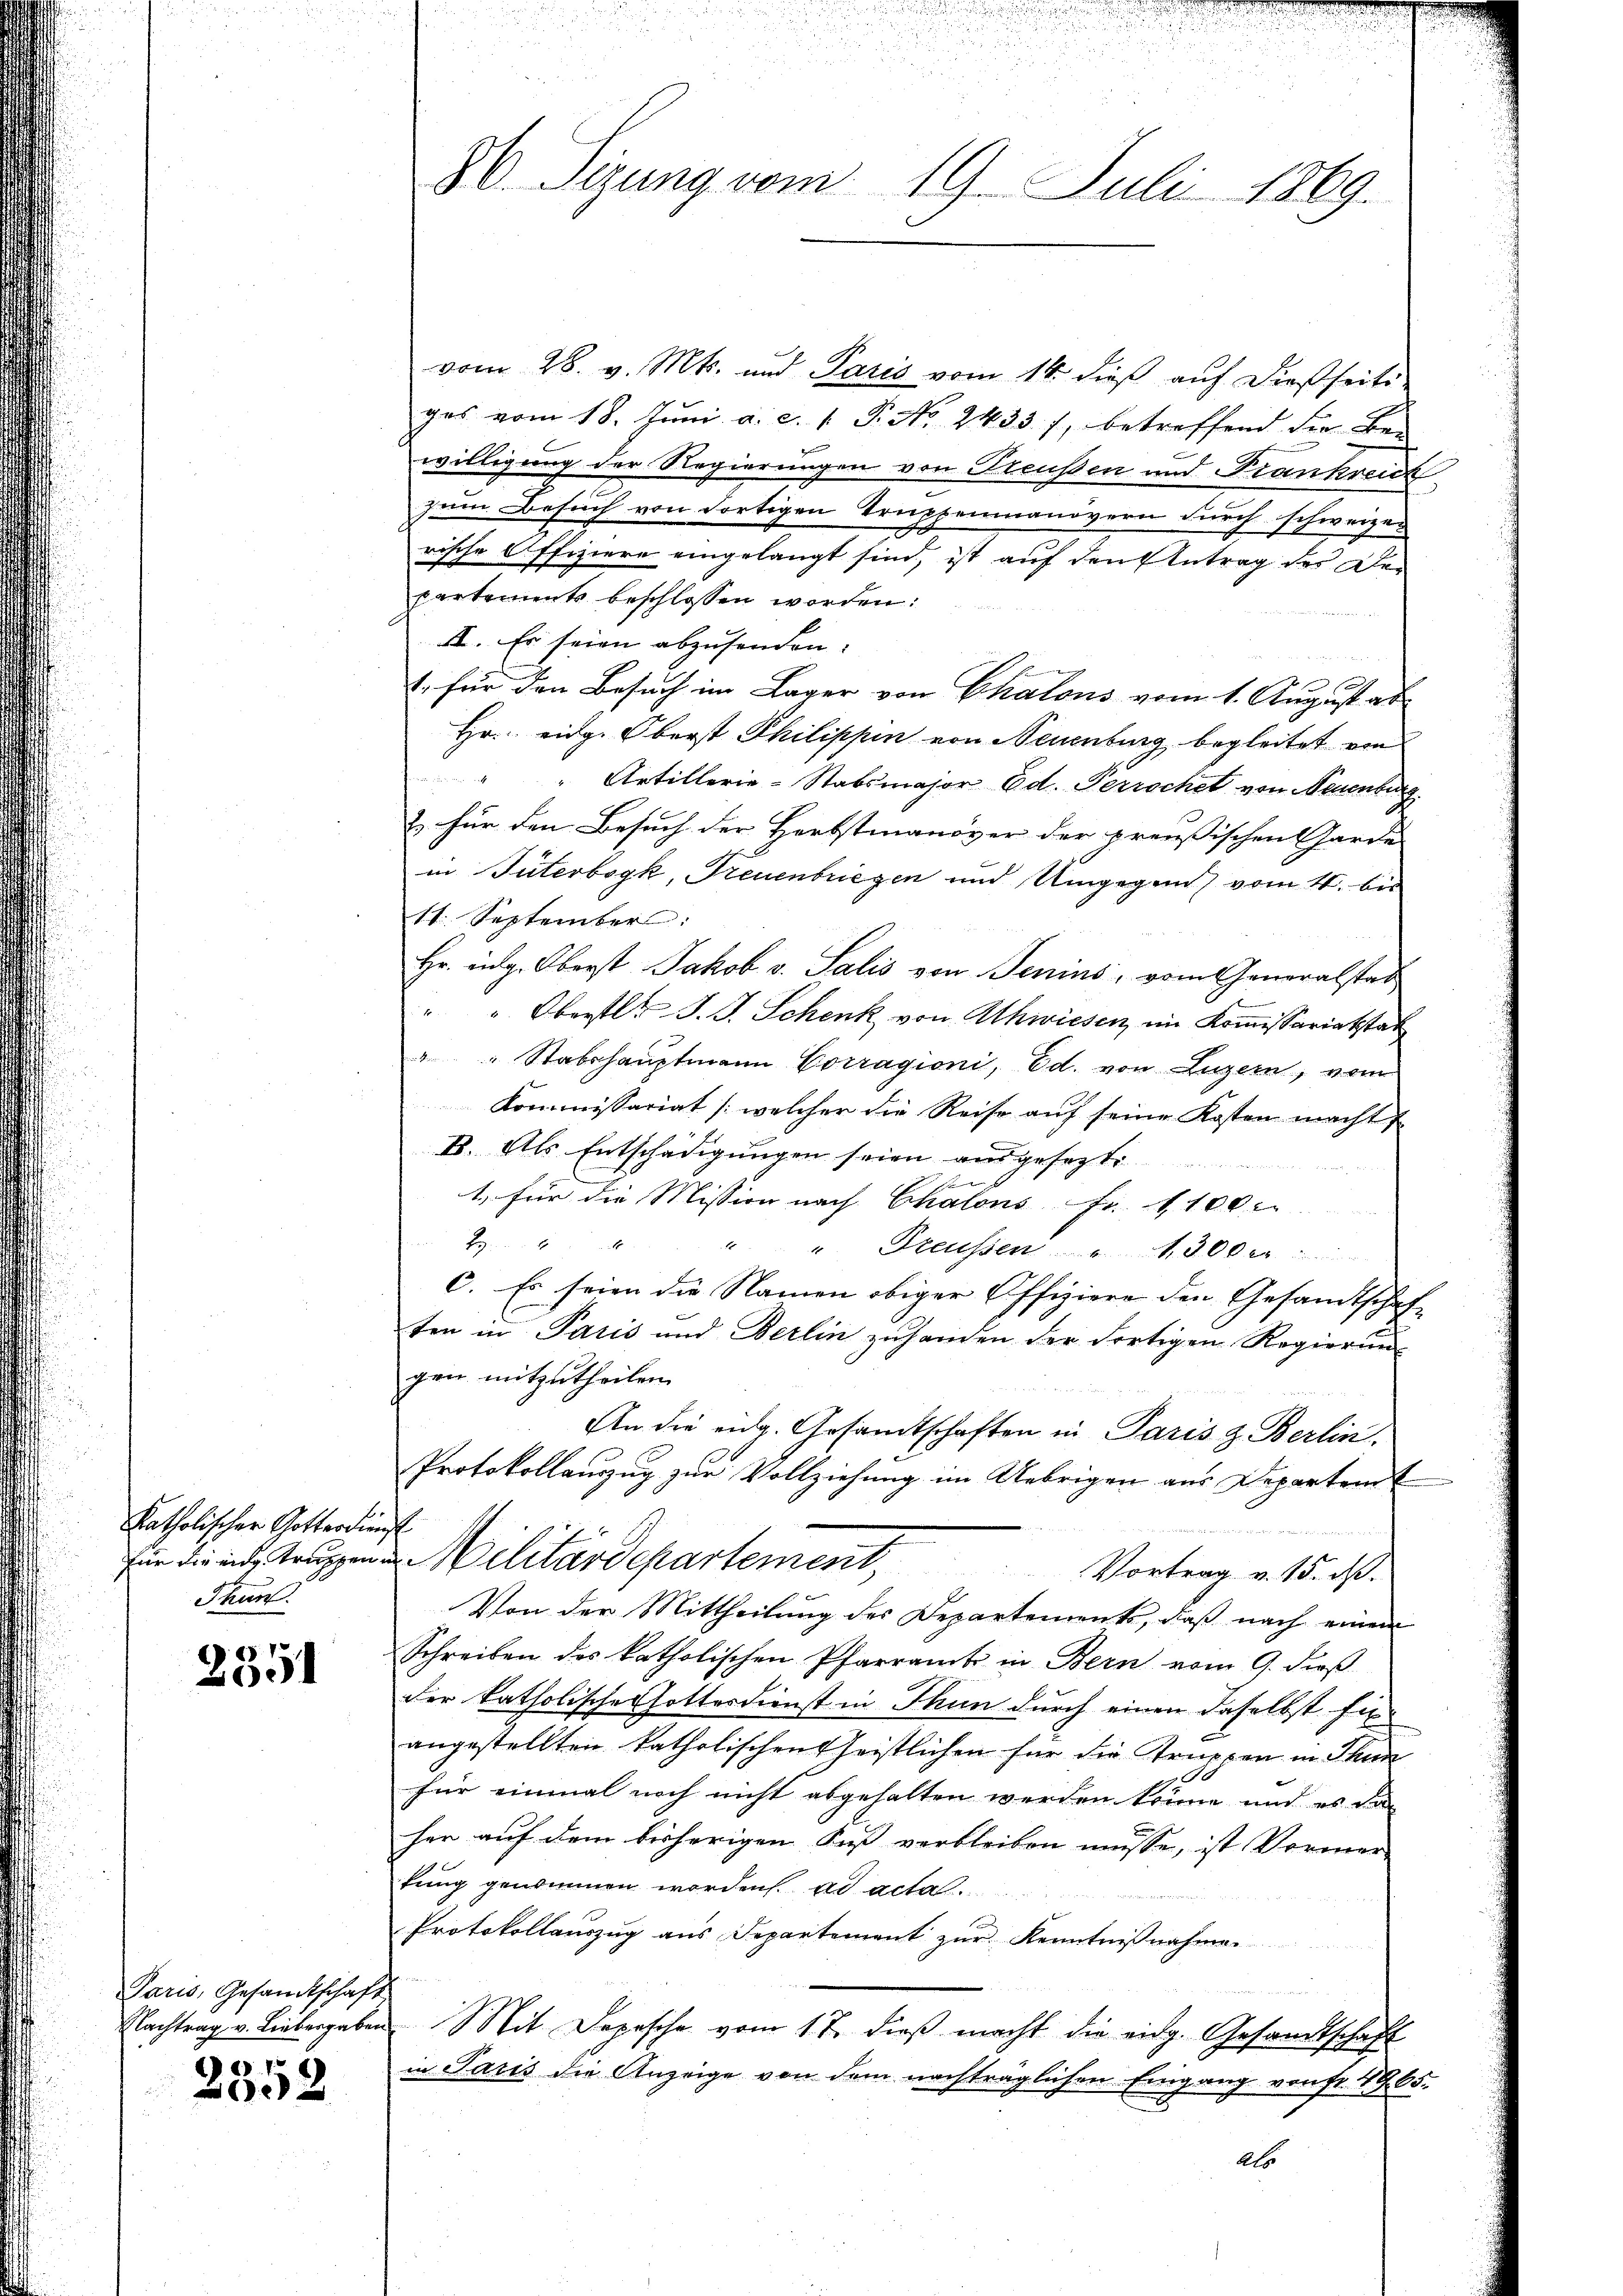
katholischer Gotterdien
Für die eid. Truppen
Thun.

2351

Paris, Gesandtschaft
Nachtrag v. Liebergaben

8
02

u

86 Sizung vom 19. Juli 1869.

vom 28. v. Mts. und Paris vom 14. dieß auf dießseitiges vom 18. Jŭni a. c. 1. P. No. 2433. 7, betreffend die Be-
willigung der Regierungen von Preußen und Frankreich
zum Besuch von dortigen Truppenmanövern durch schweizer
rische Offiziere eingelangt sind, ist auf den Antrag des Departements beschlossen worden:
II. Es seien abzusenden.
1. für den Besuch im Lager von Chalons vom 1. August ab-
Hr. eidg. Oberst Philippen von Neuenburg begleitet von
" " Artillerie-Stabsmajor Ed. Perrochet von Neuenburg
& für den Besuch der Herbstmanöver der preußischen Garde
in Tuterbogk, Treuenbriezen und Umgegen vom 4. bi
11. September:
Hr. Aug. Oberst Jakob v. Salis von Senius, vom Generalstat
" " Oberstl. J. J. Schenk von Uhwiesen, im Kommissariatstat
" " Stabshauptmann Corragioni, Ed. von Luzern, vom
Kommissariat (welcher die Reise auf seine Kosten macht
B. Als Entschädigungen seien ausgesetzte
1. für die Mission nach Chalons Fr. 1100.
2. " " Freussen . . . 300.
c. Es seien die Namen obiger Offiziere den Gesandtschaft
ten in Paris und Berlin zuhanden der Fertigen Regierung
gen mitzutheilen.
An die eidg. Gesandtschaften in Paris z. Berlin,
Protokollauszug zur Vollziehung im Uebrigen aus Departem E
g
Militärdepartement,
Vortrag v. 15. ds.
Von der Mittheilung des Departements, daß nach einem
Schreiben des katholischen Pfarramt in Bern vom 9. dieß
der katholisches hottesdienst in Thun durch einen daselbst fürangestellten katholischen heistlichen für die Truppen in Thun
für einmal noch nicht abgehalten werden könne und es das
her auf dem bisherigen Fast verbleiben müsse, ist Vormer-
tung genommen worden ad actat
Protokollauszug aus Separtement zur Kenntnißnahme.
Mit Dopische vom 17. dieß macht die eidg. Gesandtschaft
in Paris die Anzeige von dem nachträglichen Eingang von fr. 1905.
Als